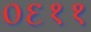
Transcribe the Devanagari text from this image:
०६११